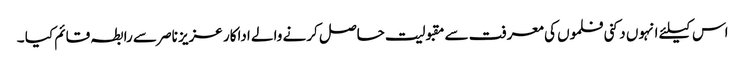
اس کیلئے انہوں دکنی فلموں کی معرفت سے مقبولیت حاصل کرنے والے اداکار عزیز ناصر سے رابطہ قائم کیا ۔